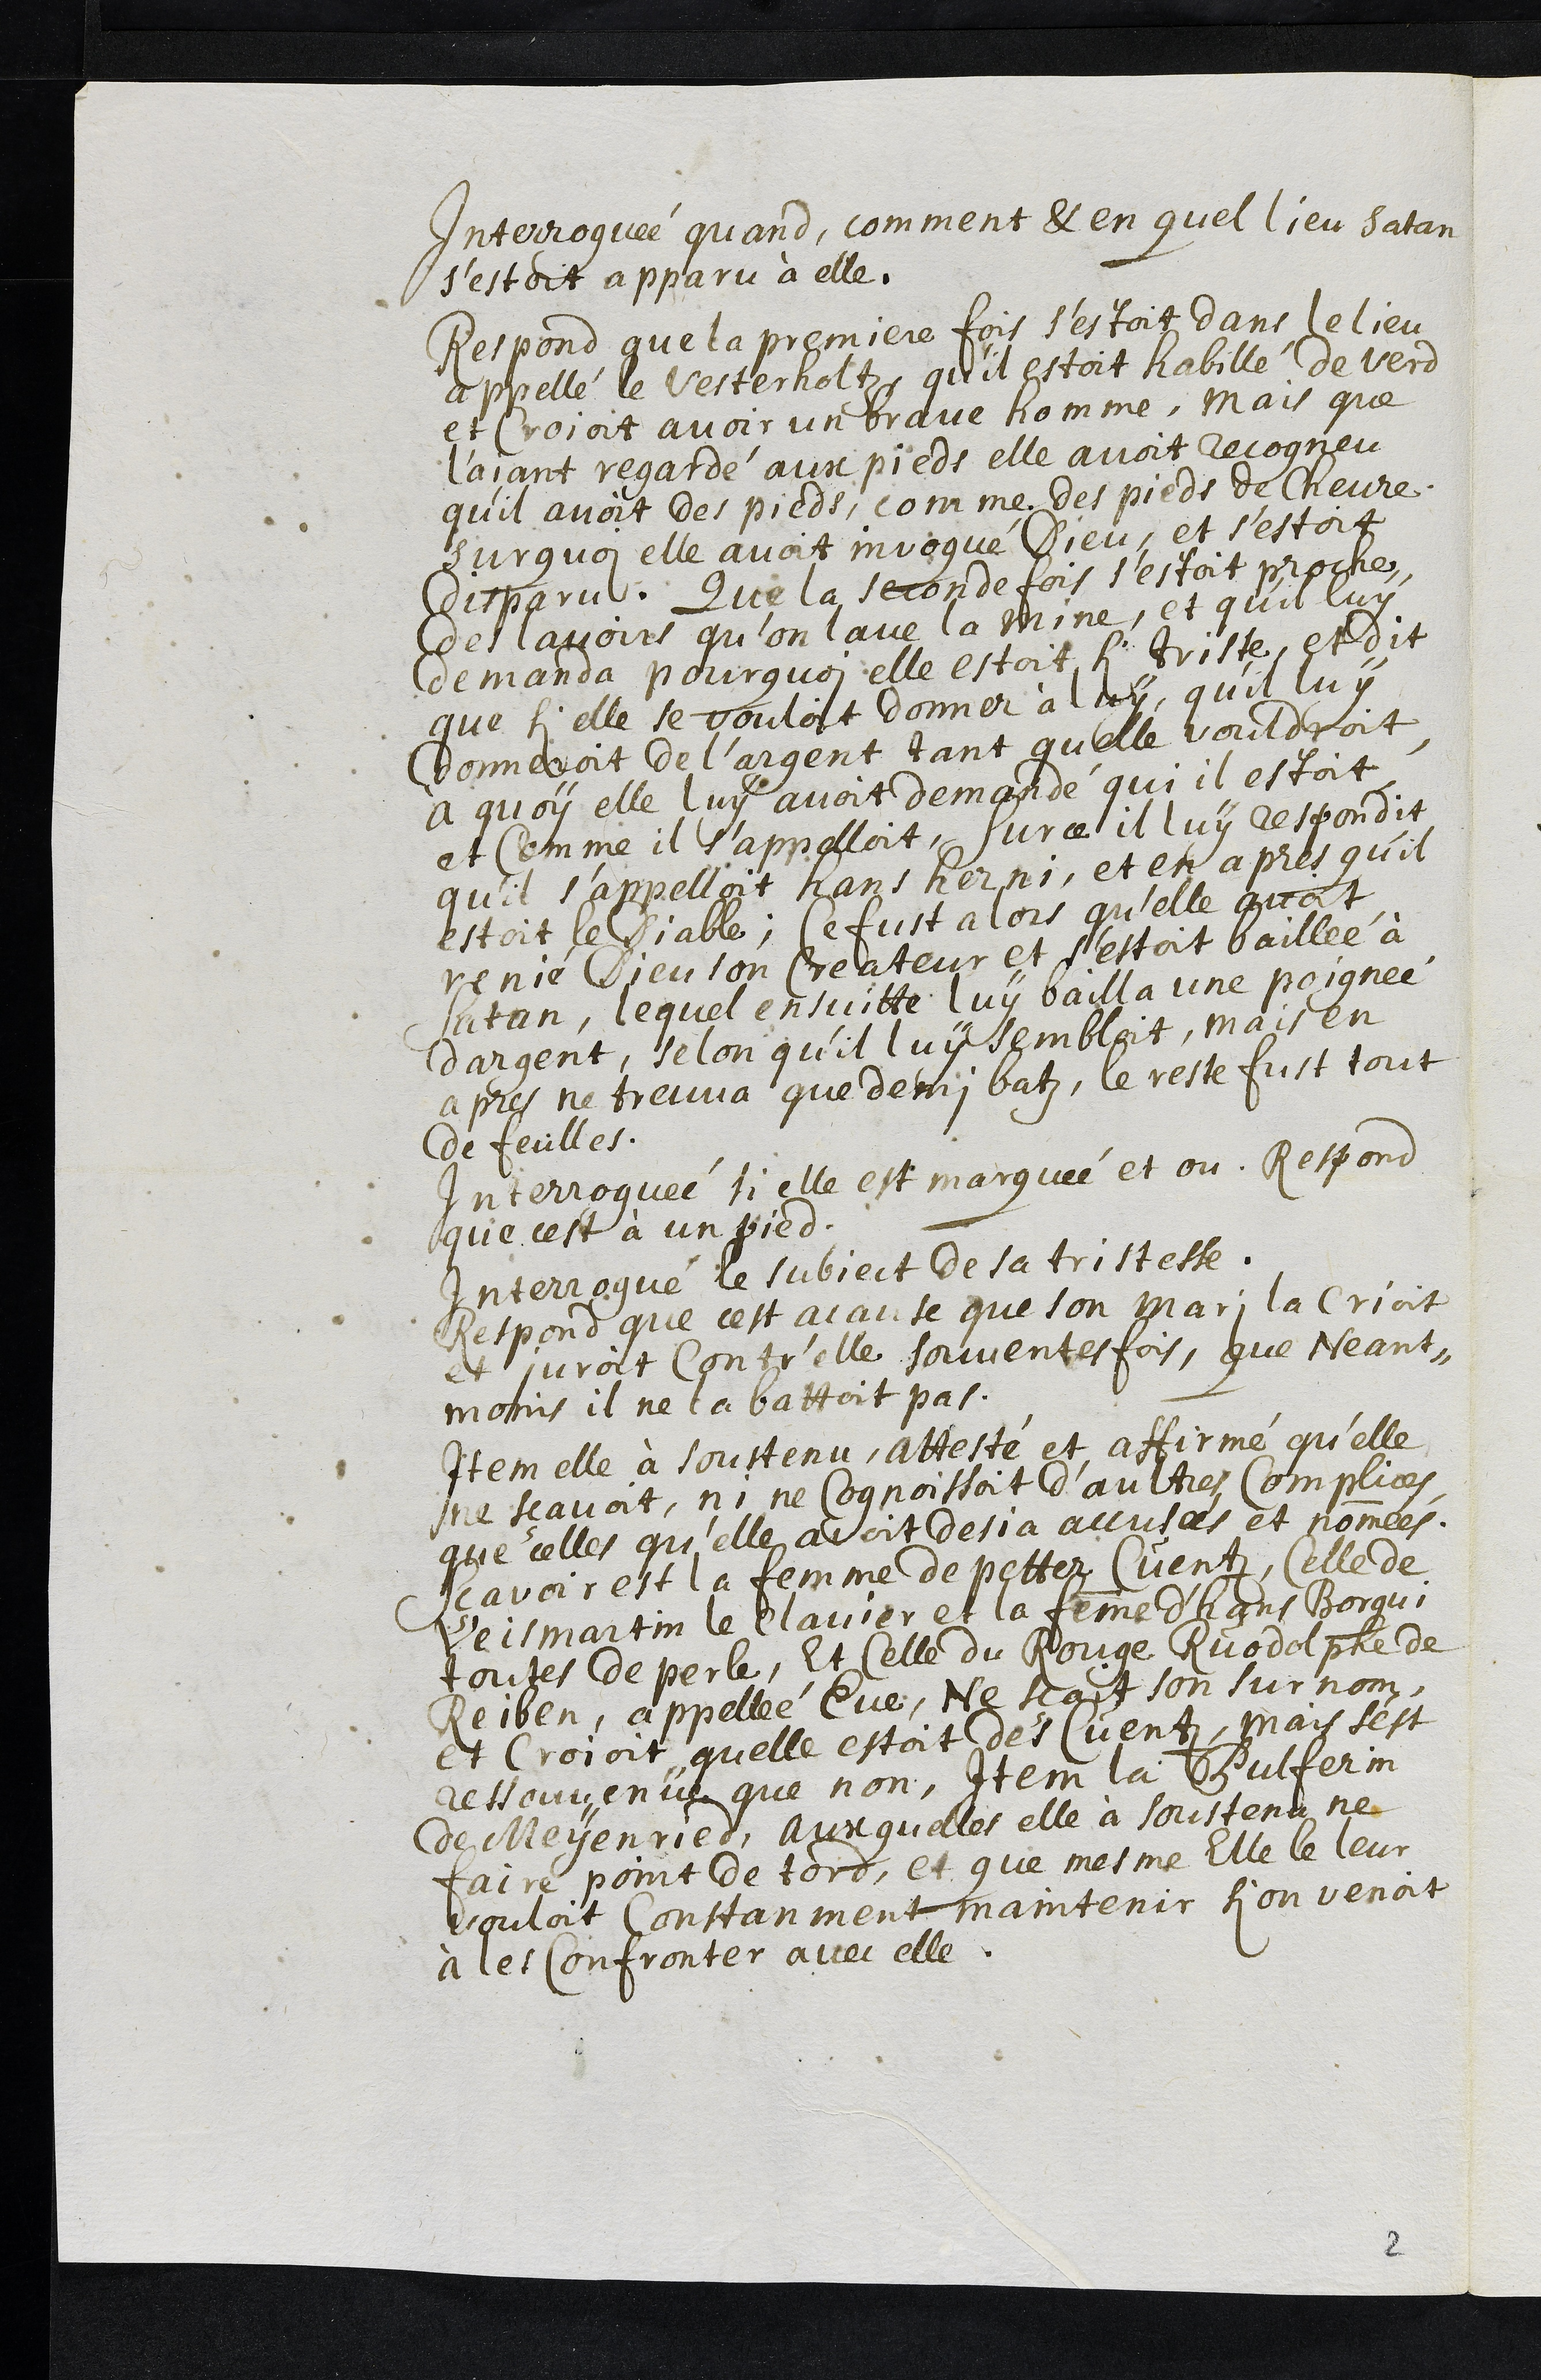
Interroguée quand, comment & en quel lieu Satan
s’estoit apparu à elle.
Respond que la premiere fois s’estoit dans le lieu
appellé le Vesterholtz, qu’il estoit habillé de verd
et croyoit avoir un brave homme, mais que
l'aiant regardé aux pieds elle avoit recogneu
qu’il avoit des pieds, comme des pieds de chevre.
Surquoi elle avoit invoqué Dieu, et s’estoit
disparu. Que la seconde fois s’estoit proche
des lavoirs qu’on lave la mine, et quil luy
demanda pourquoi elle estoit si triste, et dit
que si elle se vouloit donner a luy, qu'il luy
donneroit de l’argent tant qu'elle vouldroit
A quoy elle luy avoit demandé qui il estoit
et comme il s’appelloit, Surce il luy respondit
qu’il s’appelloit hans herni, et en apres qu’il
estoit le Diable; Ce fust alors qu'elle avoit
renié Dieu son Createur et s’estoit baillée à
Satan, lequel ensuitte luy bailla une poignée
dargent, selon qu’il luy sembloit, mais en
apres ne treuva que demi batz, le reste fust tout
de feuilles.
Interroguée si elle est marquée et ou, Respond
que cest à un pied
Interrogué le subject de sa tristesse.
Respond que cest acause que son mari la crioit
et juroit Contr'elle souventesfois, que Neant¬
moins il ne la battoit pas.
Item elle à soustenu, attesté et affirmé qu'elle
ne sçavoit, ni ne Cognoissoit d’aultres Complices,
que celles qu’elle avoit desja accusées et nommées.
Sçavoir est la femme de Petter Cuentz, Celle de
Veismartin le clavier et la femme d'Hans Borqui
toutes de perle, Et Celle du Rouge Ruodolphe de
Reiben, appellée Eve, Ne sçait son surnom,
et croioit quelle estoit des Cuentz, mais s'est
ressouvenüe que non, Item la Pulferin
de Meyenried, auxquelles elle à soustenu ne
faire point de tord, et que mesme Elle le leur
vouloit constanment maintenir si on venoit
à les confronter avec elle.
2